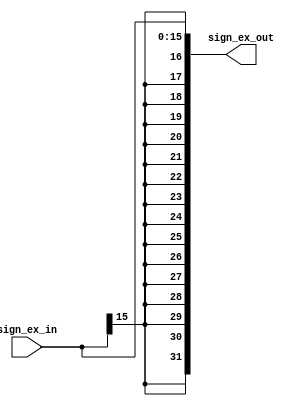
`timescale 1ns / 1ps



module sign_extend(
    input [15:0] sign_ex_in,
    output reg [31:0] sign_ex_out
    );
    
    always @(*) begin
        sign_ex_out = { {16{sign_ex_in[15]}}, sign_ex_in };
    end
endmodule